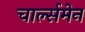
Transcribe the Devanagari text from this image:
चार्ल्समेन